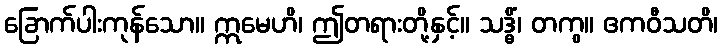
ခြောက်ပါးကုန်သော။ ဣမေဟိ၊ ဤတရားတို့နှင့်။ သဒ္ဓိံ၊ တကွ။ ဧကဝီသတိ၊